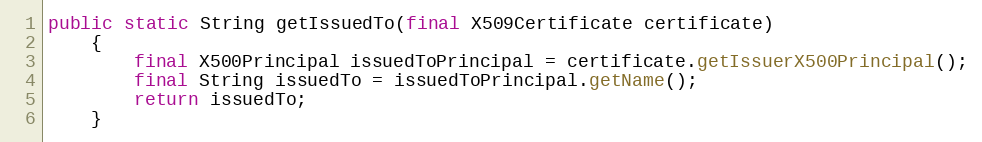
Language: Java
public static String getIssuedTo(final X509Certificate certificate)
	{
		final X500Principal issuedToPrincipal = certificate.getIssuerX500Principal();
		final String issuedTo = issuedToPrincipal.getName();
		return issuedTo;
	}